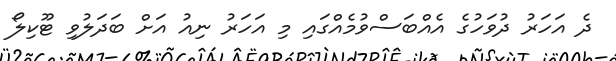
ދެ އަހަރު ދުވަހުގެ އެއްބަސްވުމެއްގައި މި އަހަރު ނިއު އަށް ބަދަލުވި ޓޫކިލޯ